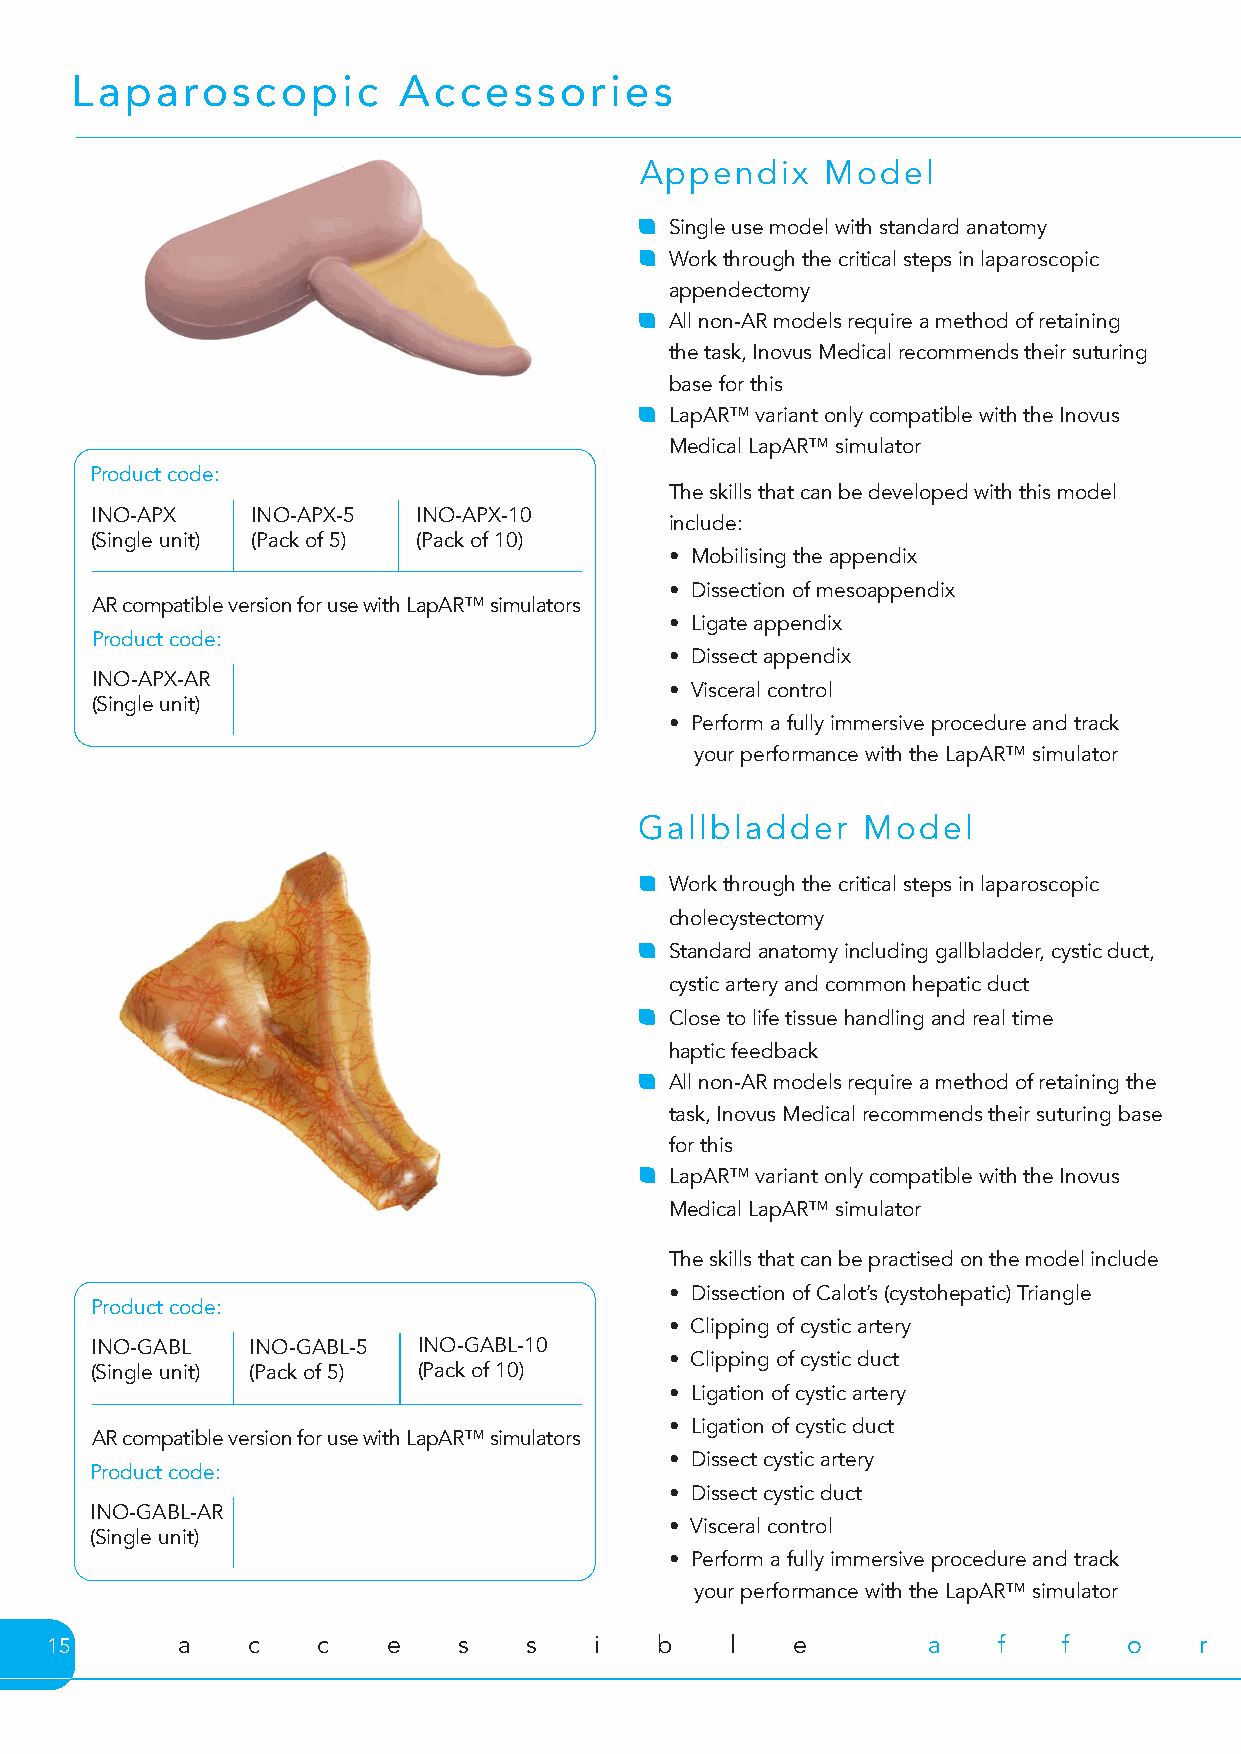
Laparoscopic         Accessories
 Appendix     Model
 Single use model with standard anatomy
 Work through the critical steps in laparoscopic
 appendectomy
 All non-AR models require a method of retaining
 the task, Inovus Medical recommends their suturing
 base for this
 LapAR™ variant only compatible with the Inovus
 Medical LapAR™ simulator
 Product code:
 The skills that can be developed with this model
 INO-APX    INO-APX-5  INO-APX-10
 include:
 (Single unit) (Pack of 5) (Pack of 10)
 • Mobilising the appendix
 • Dissection of mesoappendix
 AR compatible version for use with LapAR™ simulators
 • Ligate appendix
 Product code:
 • Dissect appendix
 INO-APX-AR
 • Visceral control
 (Single unit)
 • Perform a fully immersive procedure and track
 your performance with the LapAR™ simulator
 Gallbladder    Model
 Work through the critical steps in laparoscopic
 cholecystectomy
 Standard anatomy including gallbladder, cystic duct,
 cystic artery and common hepatic duct
 Close to life tissue handling and real time
 haptic feedback
 All non-AR models require a method of retaining the
 task, Inovus Medical recommends their suturing base
 for this
 LapAR™ variant only compatible with the Inovus
 Medical LapAR™ simulator
 The skills that can be practised on the model include
 • Dissection of Calot’s (cystohepatic) Triangle
 Product code:
 • Clipping of cystic artery
 INO-GABL   INO-GABL-5 INO-GABL-10
 • Clipping of cystic duct
 (Single unit) (Pack of 5) (Pack of 10)
 • Ligation of cystic artery
 • Ligation of cystic duct
 AR compatible version for use with LapAR™ simulators
 • Dissect cystic artery
 Product code:
 • Dissect cystic duct
 INO-GABL-AR
 • Visceral control
 (Single unit)
 • Perform a fully immersive procedure and track
 your performance with the LapAR™ simulator
 15       a   c    c    e   s    s   i   b    l   e        a    f   f    o   r    d   a    b    l   e        f   u    n    c   t    i   o    n   a    l